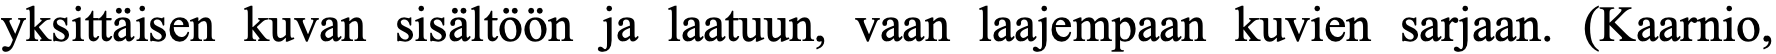
yksittäisen kuvan sisältöön ja laatuun, vaan laajempaan kuvien sarjaan. (Kaarnio,